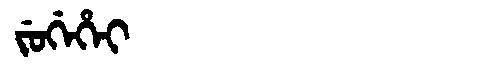
Manchu: ᠵᡠᡤᡝᡥᡝᡳ
Romanization: JUGEHEI